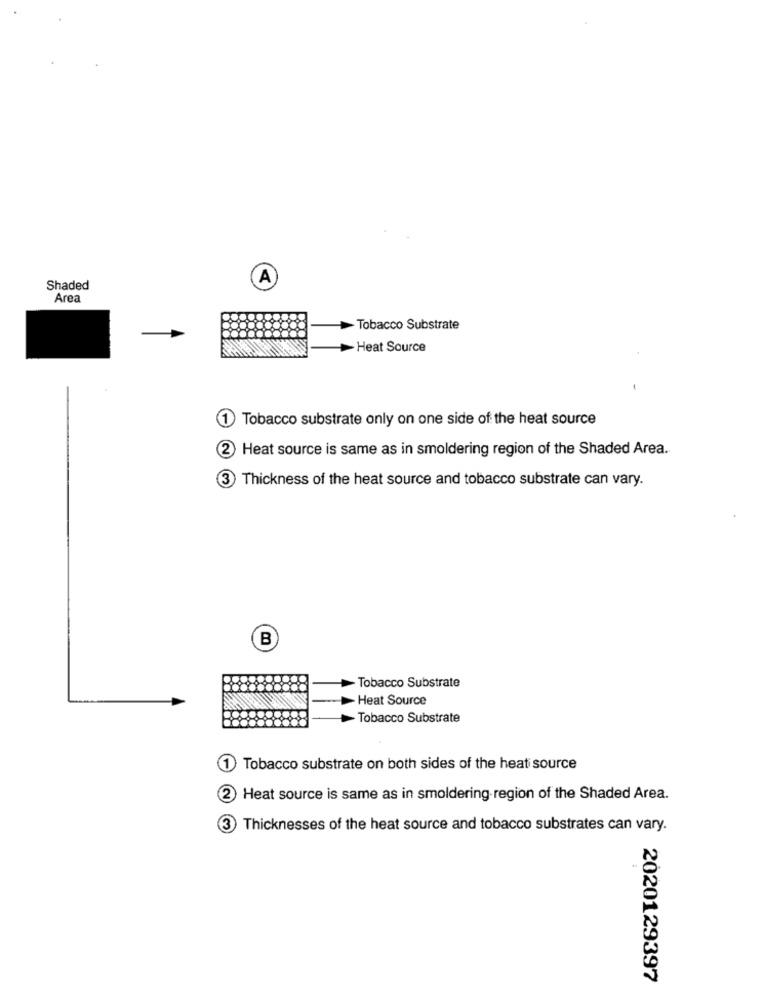
A
Shaded
Area
-Tobacco Substrate
Heat Source
1 Tobacco substrate only on one side of the heat source
2 Heat source is same as in smoldering region of the Shaded Area.
3
Thickness of the heat source and tobacco substrate can vary.
B
- Tobacco Substrate
Heat Source
Tobacco Substrate
1
Tobacco substrate on both sides of the heat source
2) Heat source is same as in smoldering region of the Shaded Area.
Thicknesses of the heat source and tobacco substrates can vary.
2020129397